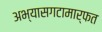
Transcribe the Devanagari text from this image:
अभ्यासगटामार्फत